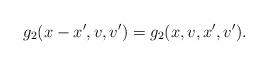
LaTeX: \begin{align*} g_2(x-x',v,v')=g_2(x,v,x',v').\end{align*}